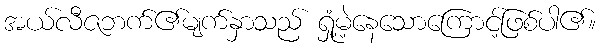
အယ်လီဇဘက်၏မျက်နှာသည် ရှုံ့မဲ့နေသောကြောင့်ဖြစ်ပါ၏။